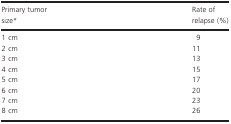
<table><thead><tr><td><b>Primary tumor size*</b></td><td><b>Rate of relapse (%)</b></td></tr></thead><tbody><tr><td>1 cm</td><td>9</td></tr><tr><td>2 cm</td><td>11</td></tr><tr><td>3 cm</td><td>13</td></tr><tr><td>4 cm</td><td>15</td></tr><tr><td>5 cm</td><td>17</td></tr><tr><td>6 cm</td><td>20</td></tr><tr><td>7 cm</td><td>23</td></tr><tr><td>8 cm</td><td>26</td></tr></tbody></table>